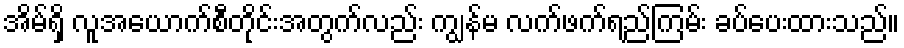
အိမ်ရှိ လူအယောက်စီတိုင်းအတွက်လည်း ကျွန်မ လက်ဖက်ရည်ကြမ်း ခပ်ပေးထားသည်။